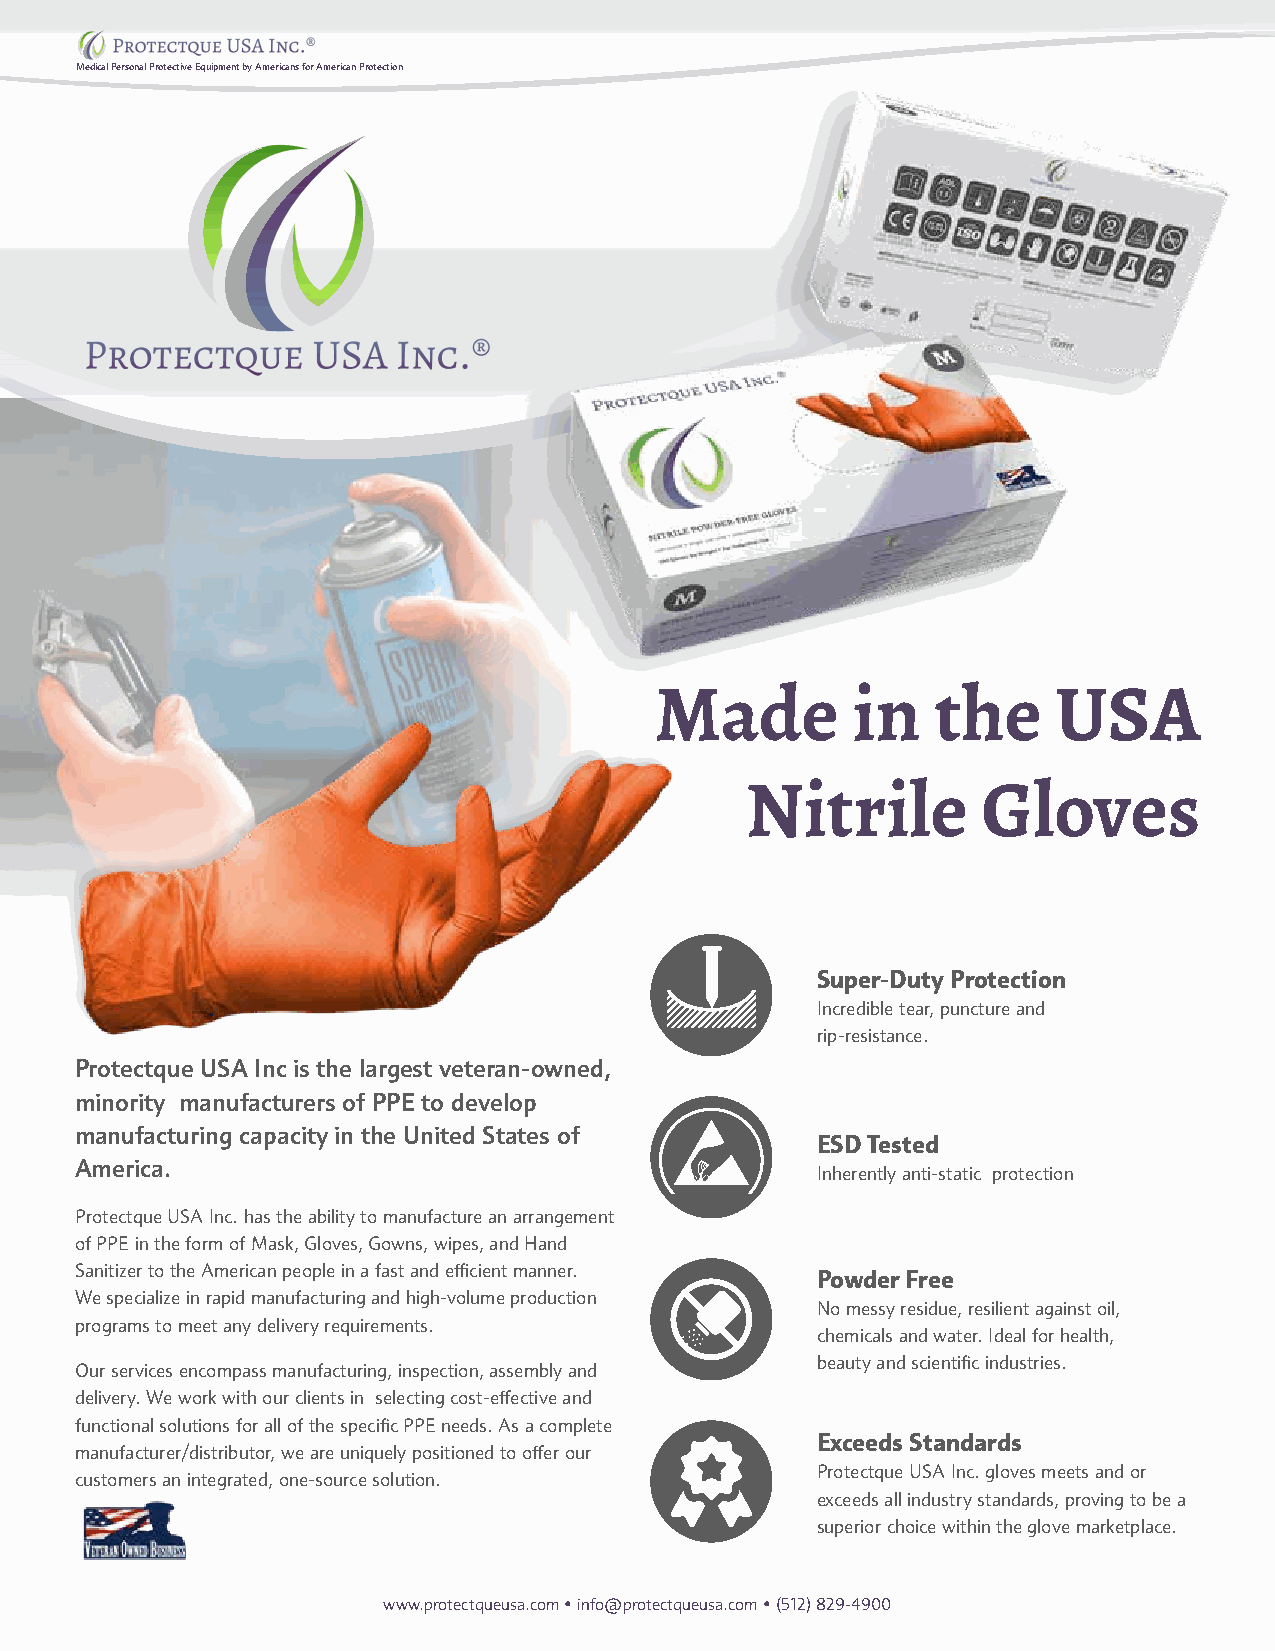
Medical Personal Protective Equipment by Americans for American Protection
 Made         in    the     USA
 Nitrile         Gloves
 Super-Duty Protection
 Incredible tear, puncture and
 rip-resistance.
 Protectque USA Inc is the largest veteran-owned,
 minority manufacturers of PPE to develop
 manufacturing capacity in the United States of
 ESD Tested
 America.
 Inherently anti-static protection
 Protectque USA Inc. has the ability to manufacture an arrangement
 of PPE in the form of Mask, Gloves, Gowns, wipes, and Hand
 Sanitizer to the American people in a fast and efficient manner. Powder Free
 We specialize in rapid manufacturing and high-volume production
 No messy residue, resilient against oil,
 programs to meet any delivery requirements.
 chemicals and water. Ideal for health,
 beauty and scientific industries.
 Our services encompass manufacturing, inspection, assembly and
 delivery. We work with our clients in selecting cost-effective and
 functional solutions for all of the specific PPE needs. As a complete
 Exceeds Standards
 manufacturer/distributor, we are uniquely positioned to offer our
 Protectque USA Inc. gloves meets and or
 customers an integrated, one-source solution.
 exceeds all industry standards, proving to be a
 superior choice within the glove marketplace.
 www.protectqueusa.com • info@protectqueusa.com • (512) 829-4900